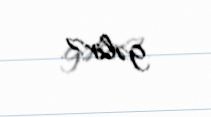
gəlir?.